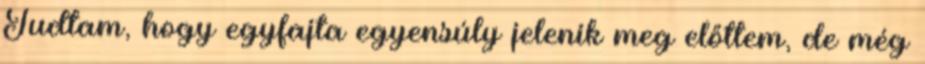
Tudtam, hogy egyfajta egyensúly jelenik meg előttem, de még